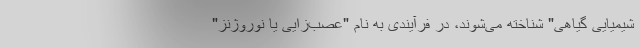
شیمیایی گیاهی" شناخته می‌شوند، در فرآیندی به نام "عصب‌زایی یا نوروژنز"